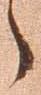
々